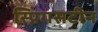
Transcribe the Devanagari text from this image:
स्प्रिंगसटीन